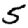
Digit: 5